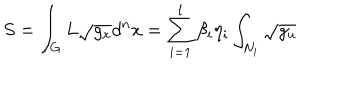
LaTeX: S = \int _ { G } L \sqrt { g _ { x } } d ^ { n } x = \sum _ { i = 1 } ^ { l } \beta _ { i } \eta _ { i } \int _ { N _ { i } } \sqrt { g _ { u } }